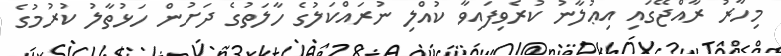
މިހާރު ރާއްޖޭގައި އިޢުލާނު ކުރެވިފައިވާ ކުއްލި ނުރައްކަލުގެ ހާލަތުގެ ދަށުން ހަޅުތާލު ކުރުމުގެ